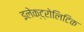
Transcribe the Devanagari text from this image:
इलेक्ट्रोलिटिक